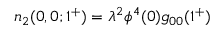
n _ { 2 } ( 0 , 0 ; 1 ^ { + } ) = \lambda ^ { 2 } \phi ^ { 4 } ( 0 ) g _ { 0 0 } ( 1 ^ { + } )